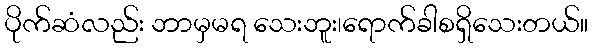
ပိုက်ဆံလည်း ဘာမှမရ သေးဘူး၊ရောက်ခါစရှိသေးတယ်။